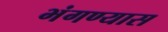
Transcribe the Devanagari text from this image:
भंगण्यास